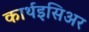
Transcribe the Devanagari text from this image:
कार्थइसिअर